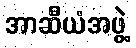
အာဆီယံအဖွဲ့